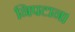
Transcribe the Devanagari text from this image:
निपटान।